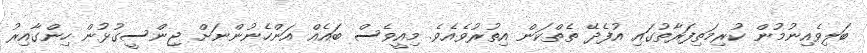
ބަލިވެއިނުމުން ކުރިމަތިފަރާތުގައި އުފެދޭ ތެތްކަން އިތުރުވެއެވެ. މިއީވެސް ބައެއް އަންހެނުންނަށް ޖިންސީގުޅުން ހިންގާއިރު